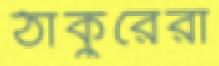
ঠাকুরেরা